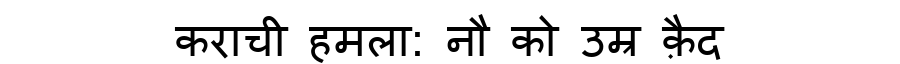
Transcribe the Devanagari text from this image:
कराची हमला: नौ को उम्र क़ैद